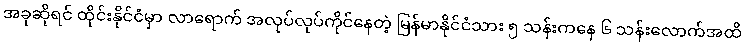
အခုဆိုရင် ထိုင်းနိုင်ငံမှာ လာရောက် အလုပ်လုပ်ကိုင်နေတဲ့ မြန်မာနိုင်ငံသား ၅ သန်းကနေ ၆ သန်းလောက်အထိ